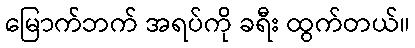
မြောက်ဘက် အရပ်ကို ခရီး ထွက်တယ်။